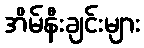
အိမ်နီးချင်းများ